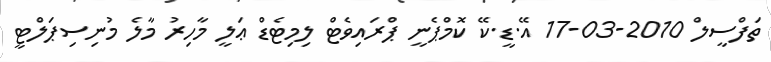
ތަފްސީލް 2010-03-17 އޭ.ޑީ.ކޭ ކޮމްޕެނީ ޕްރައިވެޓް ލިމިޓެޑް ޢަލީ މާހިރު މާލެ މުނިސިޕަލްޓީ